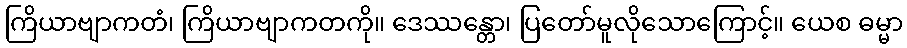
ကြိယာဗျာကတံ၊ ကြိယာဗျာကတကို။ ဒေဿန္တော၊ ပြတော်မူလိုသောကြောင့်။ ယေစ ဓမ္မာ